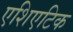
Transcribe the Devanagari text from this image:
एशिएटिक